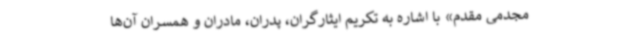
مجدمی مقدم» با اشاره به تکریم ایثارگران، پدران، مادران و همسران آن‌ها